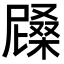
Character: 𣙰